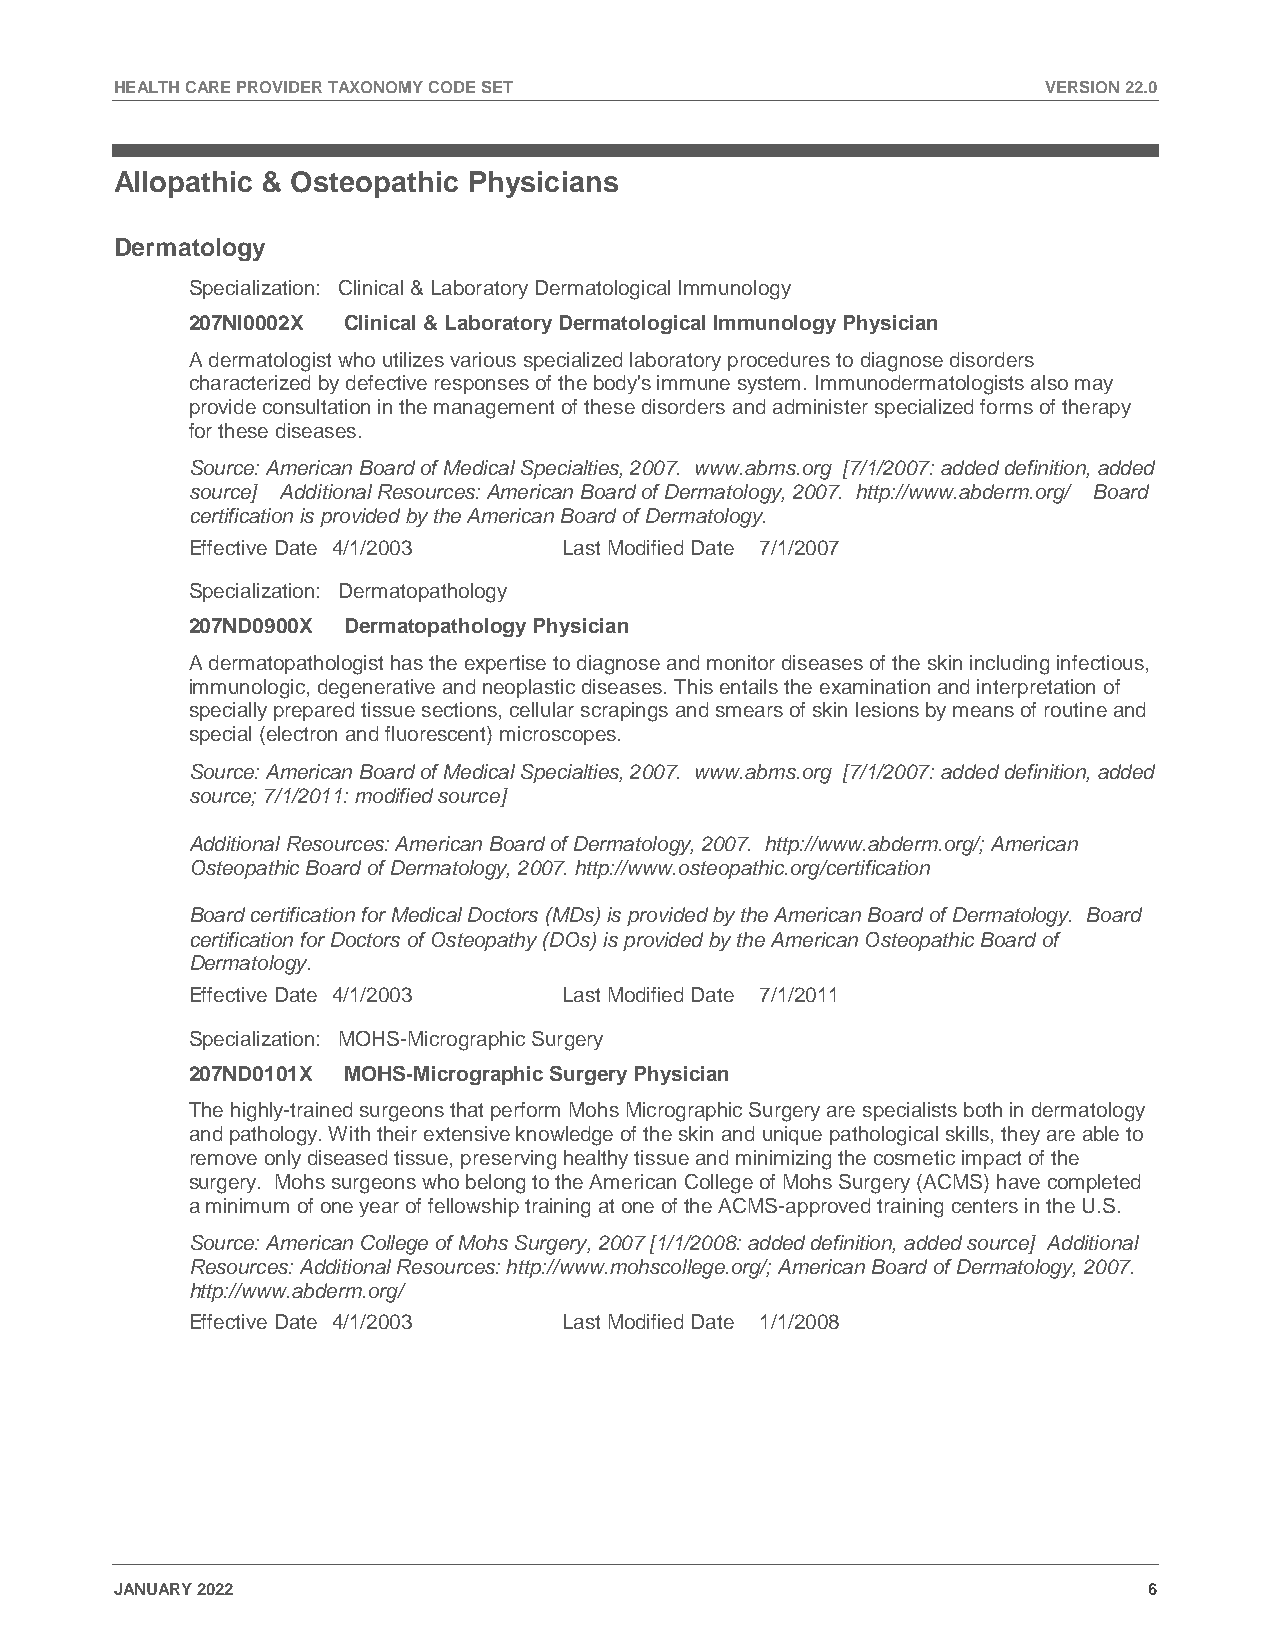
HEALTH CARE PROVIDER TAXONOMY CODE SET                       VERSION 22.0
 Allopathic & Osteopathic Physicians
 Dermatology
 Specialization: Clinical & Laboratory Dermatological Immunology
 207NI0002X Clinical & Laboratory Dermatological Immunology Physician
 A dermatologist who utilizes various specialized laboratory procedures to diagnose disorders
 characterized by defective responses of the body's immune system. Immunodermatologists also may
 provide consultation in the management of these disorders and administer specialized forms of therapy
 for these diseases.
 Source: American Board of Medical Specialties, 2007. www.abms.org [7/1/2007: added definition, added
 source] Additional Resources: American Board of Dermatology, 2007. http://www.abderm.org/ Board
 certification is provided by the American Board of Dermatology.
 Effective Date 4/1/2003  Last Modified Date 7/1/2007
 Specialization: Dermatopathology
 207ND0900X Dermatopathology Physician
 A dermatopathologist has the expertise to diagnose and monitor diseases of the skin including infectious,
 immunologic, degenerative and neoplastic diseases. This entails the examination and interpretation of
 specially prepared tissue sections, cellular scrapings and smears of skin lesions by means of routine and
 special (electron and fluorescent) microscopes.
 Source: American Board of Medical Specialties, 2007. www.abms.org [7/1/2007: added definition, added
 source; 7/1/2011: modified source]
 Additional Resources: American Board of Dermatology, 2007. http://www.abderm.org/; American
 Osteopathic Board of Dermatology, 2007. http://www.osteopathic.org/certification
 Board certification for Medical Doctors (MDs) is provided by the American Board of Dermatology. Board
 certification for Doctors of Osteopathy (DOs) is provided by the American Osteopathic Board of
 Dermatology.
 Effective Date 4/1/2003  Last Modified Date 7/1/2011
 Specialization: MOHS-Micrographic Surgery
 207ND0101X MOHS-Micrographic Surgery Physician
 The highly-trained surgeons that perform Mohs Micrographic Surgery are specialists both in dermatology
 and pathology. With their extensive knowledge of the skin and unique pathological skills, they are able to
 remove only diseased tissue, preserving healthy tissue and minimizing the cosmetic impact of the
 surgery. Mohs surgeons who belong to the American College of Mohs Surgery (ACMS) have completed
 a minimum of one year of fellowship training at one of the ACMS-approved training centers in the U.S.
 Source: American College of Mohs Surgery, 2007 [1/1/2008: added definition, added source] Additional
 Resources: Additional Resources: http://www.mohscollege.org/; American Board of Dermatology, 2007.
 http://www.abderm.org/
 Effective Date 4/1/2003  Last Modified Date 1/1/2008
 JANUARY 2022                                                        6